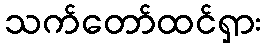
သက်တော်ထင်ရှား